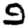
Digit: 9